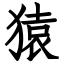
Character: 猿